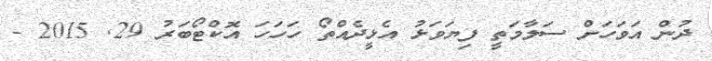
ދުން އަވަހަށް ސަލާމަތީ ފިޔަވަޅު އެޅީދެއްތޯ ހަހަހަ އޮކްޓޯބަރު 29